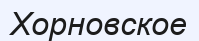
Хорновское